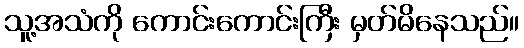
သူ့အသံကို ကောင်းကောင်းကြီး မှတ်မိနေသည်။